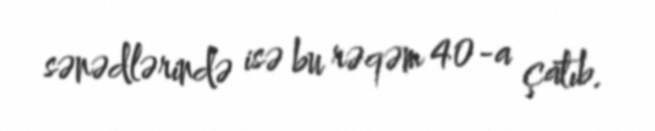
sənədlərində isə bu rəqəm 40-a çatıb.